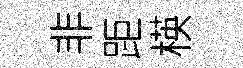
非距楧